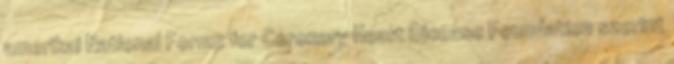
amerikai National Forum for Coronary Heart Disease Foundation szerint